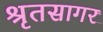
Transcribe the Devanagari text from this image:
श्रृतसागर